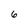
Character: 6